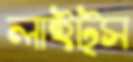
লাইট্স